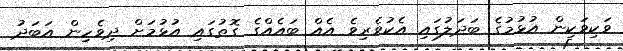
ވަކިވަކިން އުޅުމުގެ ބަދަލުގައި އެކުވެރިވެ އެއް ބައެއްގެ ގޮތުގައި އުޅުމަށް ދިވެހިން އަބަދު